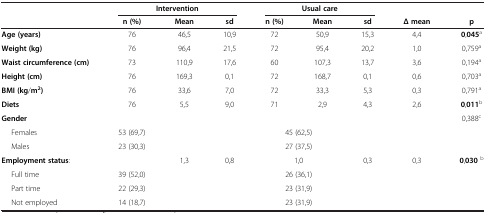
<table><thead><tr><td><b> </b></td><td colspan="3"><b>Intervention</b></td><td colspan="3"><b>Usual care</b></td><td colspan="2"><b> </b></td></tr><tr><td><b> </b></td><td><b>n (%)</b></td><td><b>Mean</b></td><td><b>sd</b></td><td><b>n (%)</b></td><td><b>Mean</b></td><td><b>sd</b></td><td><b>Δ mean</b></td><td><b>p</b></td></tr></thead><tbody><tr><td><b>Age (years)</b></td><td>76</td><td>46,5</td><td>10,9</td><td>72</td><td>50,9</td><td>15,3</td><td>4,4</td><td><b>0</b>,<b>045</b><sup>a</sup></td></tr><tr><td><b>Weight (kg)</b></td><td>76</td><td>96,4</td><td>21,5</td><td>72</td><td>95,4</td><td>20,2</td><td>1,0</td><td>0,759<sup>a</sup></td></tr><tr><td><b>Waist circumference (cm)</b></td><td>73</td><td>110,9</td><td>17,6</td><td>60</td><td>107,3</td><td>13,7</td><td>3,6</td><td>0,194<sup>a</sup></td></tr><tr><td><b>Height (cm)</b></td><td>76</td><td>169,3</td><td>0,1</td><td>72</td><td>168,7</td><td>0,1</td><td>0,6</td><td>0,703<sup>a</sup></td></tr><tr><td><b>BMI (kg</b>/<b>m</b><sup><b>2</b></sup><b>)</b></td><td>76</td><td>33,6</td><td>7,0</td><td>72</td><td>33,3</td><td>5,3</td><td>0,3</td><td>0,791<sup>a</sup></td></tr><tr><td><b>Diets</b></td><td>76</td><td>5,5</td><td>9,0</td><td>71</td><td>2,9</td><td>4,3</td><td>2,6</td><td><b>0</b>,<b>011</b><sup>b</sup></td></tr><tr><td><b>Gender</b></td><td> </td><td> </td><td> </td><td colspan="2"> </td><td> </td><td> </td><td>0,388<sup>c</sup></td></tr><tr><td>Females</td><td>53 (69,7)</td><td> </td><td> </td><td colspan="2">45 (62,5)</td><td> </td><td> </td><td> </td></tr><tr><td>Males</td><td>23 (30,3)</td><td> </td><td> </td><td colspan="2">27 (37,5)</td><td> </td><td> </td><td> </td></tr><tr><td><b>Employment status</b>:</td><td> </td><td>1,3</td><td>0,8</td><td colspan="2">1,0</td><td>0,3</td><td>0,3</td><td><b>0</b>,<b>030 </b><sup>b</sup></td></tr><tr><td>Full time</td><td>39 (52,0)</td><td> </td><td> </td><td colspan="2">26 (36,1)</td><td> </td><td> </td><td> </td></tr><tr><td>Part time</td><td>22 (29,3)</td><td> </td><td> </td><td colspan="2">23 (31,9)</td><td> </td><td> </td><td> </td></tr><tr><td>Not employed</td><td>14 (18,7)</td><td> </td><td> </td><td colspan="2">23 (31,9)</td><td> </td><td> </td><td> </td></tr></tbody></table>